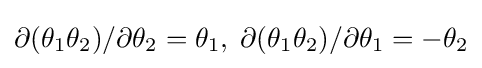
\partial (\theta _{1}\theta _{2})/\partial \theta _{2}=\theta _{1},\;\partial (\theta _{1}\theta _{2})/\partial \theta _{1}=-\theta _{2}